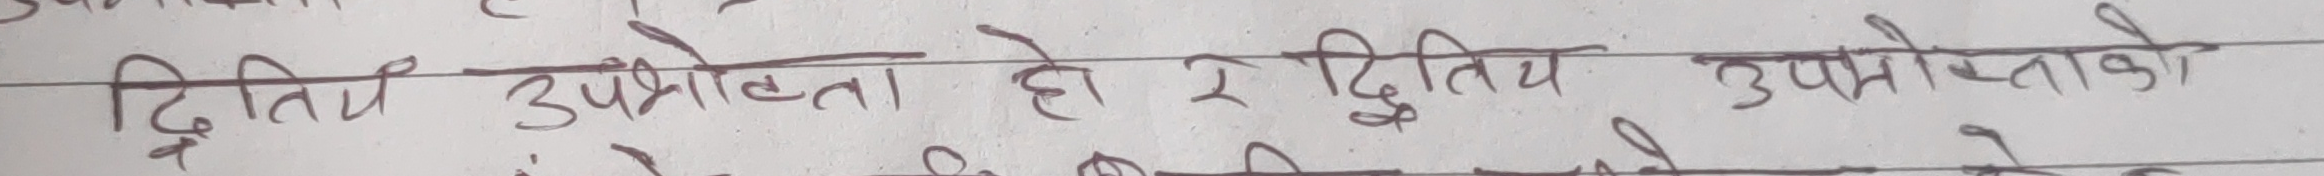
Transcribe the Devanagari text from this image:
द्वितीय उपभोक्ता हो र दृतिय उपभोक्ताको